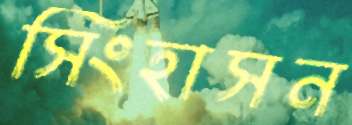
সিংহাসন